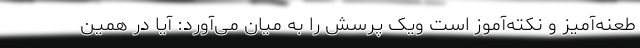
طعنه‌آمیز و نکته‌آموز است ویک پرسش را به میان می‌آورد: آیا در همین